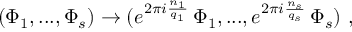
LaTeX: ( \Phi _ { 1 } , . . . , \Phi _ { s } ) \rightarrow ( e ^ { 2 \pi i { \frac { n _ { 1 } } { q _ { 1 } } } } \, \Phi _ { 1 } , . . . , e ^ { 2 \pi i { \frac { n _ { s } } { q _ { s } } } } \, \Phi _ { s } ) ~ ,